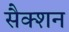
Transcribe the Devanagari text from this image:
सैक्‍शन